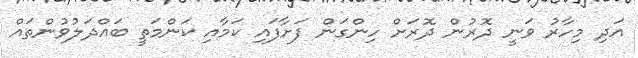
އަދި މިހާރު ވަނީ ދޮރުން ދޮރަށް ހިންގަން ފަށާފައި ކަމާއި ކަންމަތީ ބައްދަލުވުންތައް